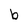
Character: b